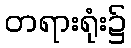
တရားရုံး၌